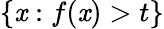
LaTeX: \{ \mathit{x}:f(\mathit{x})>t\}